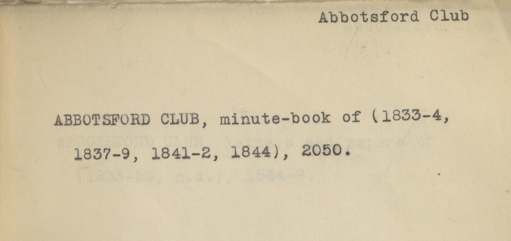
Label: content